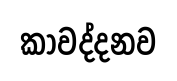
කාවද්දනව